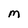
Character: M